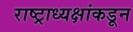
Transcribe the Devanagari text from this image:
राष्ट्राध्यक्षांकडून